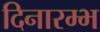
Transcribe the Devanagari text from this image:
दिनारम्भ